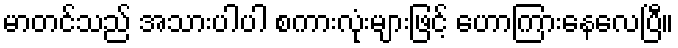
မာတင်သည် အသားပါပါ စကားလုံးများဖြင့် ဟောကြားနေလေပြီ။